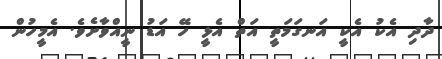
ދާދި އެކު އެކީ އަނގަމަތީ އަތް އެޅީ ހޭ އަޑު ނީއްވާށެވެ. އެމީހުން